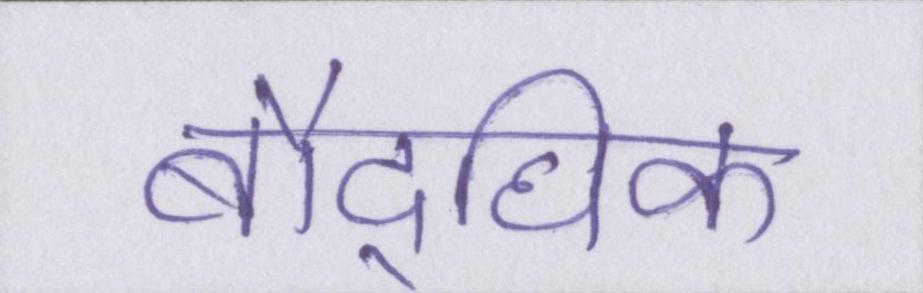
बौद्घिक